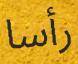
رأسا